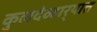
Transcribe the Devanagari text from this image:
कुलदेव्हार्‍यात